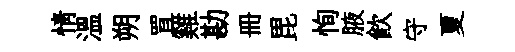
情溫朔罝雞勘册毘恂腋飲守夏